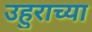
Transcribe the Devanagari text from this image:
उहुराच्या